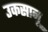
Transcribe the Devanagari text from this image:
उकसानू